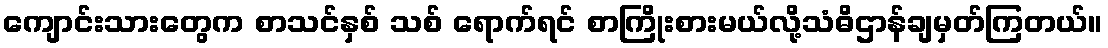
ကျောင်းသားတွေက စာသင်နှစ် သစ် ရောက်ရင် စာကြိုးစားမယ်လို့သံဓိဌာန်ချမှတ်ကြတယ်။